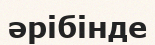
әрібінде